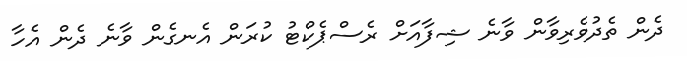
ދެން ތެދުވެރިވާން ވާނެ ޝިފާއަށް ރެސްޕެކްޓު ކުރަން އެނގެން ވާނެ ދެން އެހާ